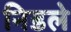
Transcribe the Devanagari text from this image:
निडले